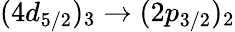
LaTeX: (4d_{5/2})_{3}\rightarrow(2p_{3/2})_{2}